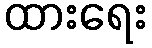
ထားရေး